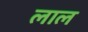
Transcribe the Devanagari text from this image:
लाल